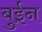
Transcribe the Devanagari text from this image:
बुईन